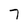
Character: 7